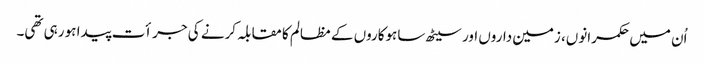
اُن میں حکمرانوں، زمین داروں اور سیٹھ ساہوکاروں کے مظالم کا مقابلہ کرنے کی جرأت پیدا ہو رہی تھی۔